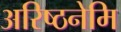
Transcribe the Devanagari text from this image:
अरिष्ठनेमि